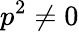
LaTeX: p^{2}\neq 0